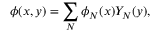
\phi ( x , y ) = \sum _ { N } \phi _ { N } ( x ) Y _ { N } ( y ) ,